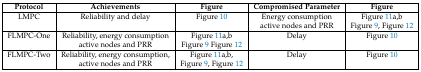
<table><thead><tr><td><b>Protocol</b></td><td><b>Achievements</b></td><td><b>Figure</b></td><td><b>Compromised Parameter</b></td><td><b>Figure</b></td></tr></thead><tbody><tr><td>LMPC</td><td>Reliability and delay</td><td>Figure 10</td><td>Energy consumption</td><td>Figure 11a,b</td></tr><tr><td></td><td></td><td></td><td>active nodes and PRR</td><td>Figure 9, Figure 12</td></tr><tr><td>FLMPC-One</td><td>Reliability, energy consumption</td><td>Figure 11a,b</td><td>Delay</td><td>Figure 10</td></tr><tr><td></td><td>active nodes and PRR</td><td>Figure 9Figure 12</td><td></td><td></td></tr><tr><td>FLMPC-Two</td><td>Reliability, energy consumption,</td><td>Figure 11a,b,</td><td>Delay</td><td>Figure 10</td></tr><tr><td></td><td>active nodes and PRR</td><td>Figure 9, Figure 12</td><td></td><td></td></tr></tbody></table>